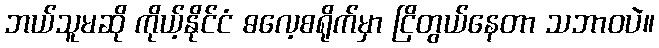
ဘယ်သူမဆို ကိုယ့်နိုင်ငံ ဓလေ့စရိုက်မှာ ငြိတွယ်နေတာ သဘာဝပဲ။